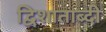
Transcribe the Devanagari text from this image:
द्विशाताब्दी